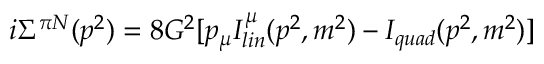
i \Sigma ^ { \pi N } ( p ^ { 2 } ) = 8 G ^ { 2 } [ p _ { \mu } I _ { l i n } ^ { \mu } ( p ^ { 2 } , m ^ { 2 } ) - I _ { q u a d } ( p ^ { 2 } , m ^ { 2 } ) ]